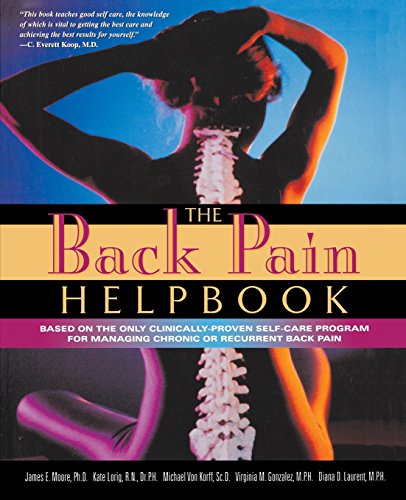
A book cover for The Back Pain Helpbook; James Moore; Health, Fitness & Dieting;